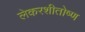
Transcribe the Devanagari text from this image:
लेकरशीतोष्ण